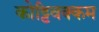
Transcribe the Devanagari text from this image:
कोट्टिवक्कम